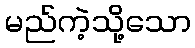
မည်ကဲ့သို့သော